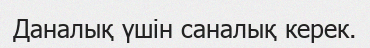
Даналық үшін саналық керек.